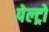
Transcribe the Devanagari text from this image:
पेल्ट्रो